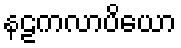
နဠကလာပိယော